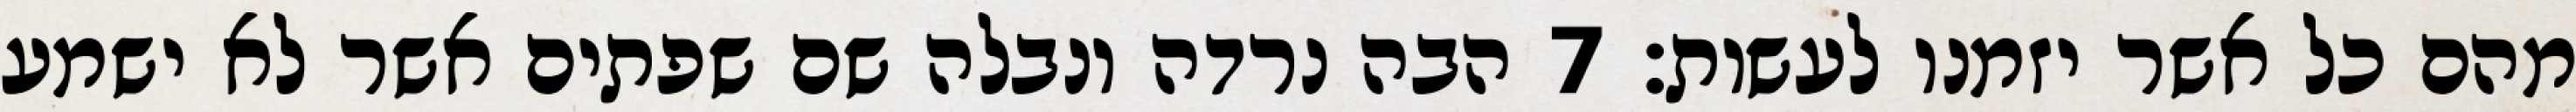
מהם כל אשר יזמנו לעשות׃ ‎7‏ הבה נרדה ונבלה שם שפתים אשר לא ישמע